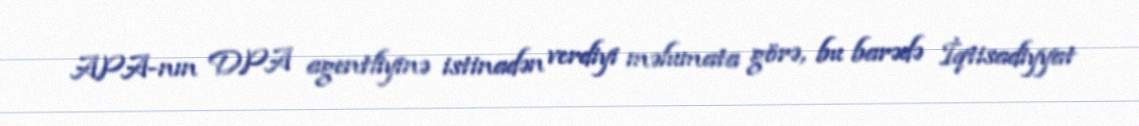
APA-nın DPA agentliyinə istinadən verdiyi məlumata görə, bu barədə İqtisadiyyat